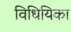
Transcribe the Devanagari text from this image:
विधियिका